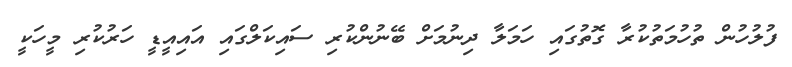
ފުލުހުން ތުހުމަތުކުރާ ގޮތުގައި ހަމަލާ ދިނުމަށް ބޭނުންކުރި ސައިކަލްގައި އައިއީޑީ ހަރުކުރި މީހަކީ